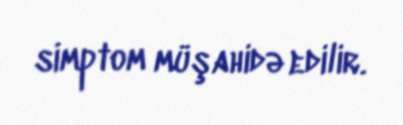
simptom müşahidə edilir.